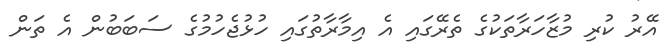
އޭރު ކުރި މުޒާހަރާތަކުގެ ތެރޭގައި އެ އިމާރާތުގައި ހުޅުޖެހުމުގެ ސަބަބުން އެ ތަން